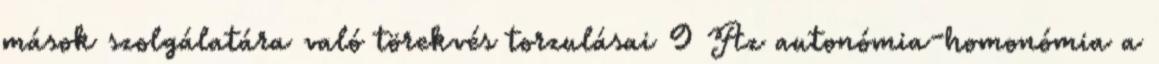
mások szolgálatára való törekvés torzulásai 9 Az autonómia-homonómia a